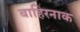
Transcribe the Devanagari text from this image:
बाहिरनाक